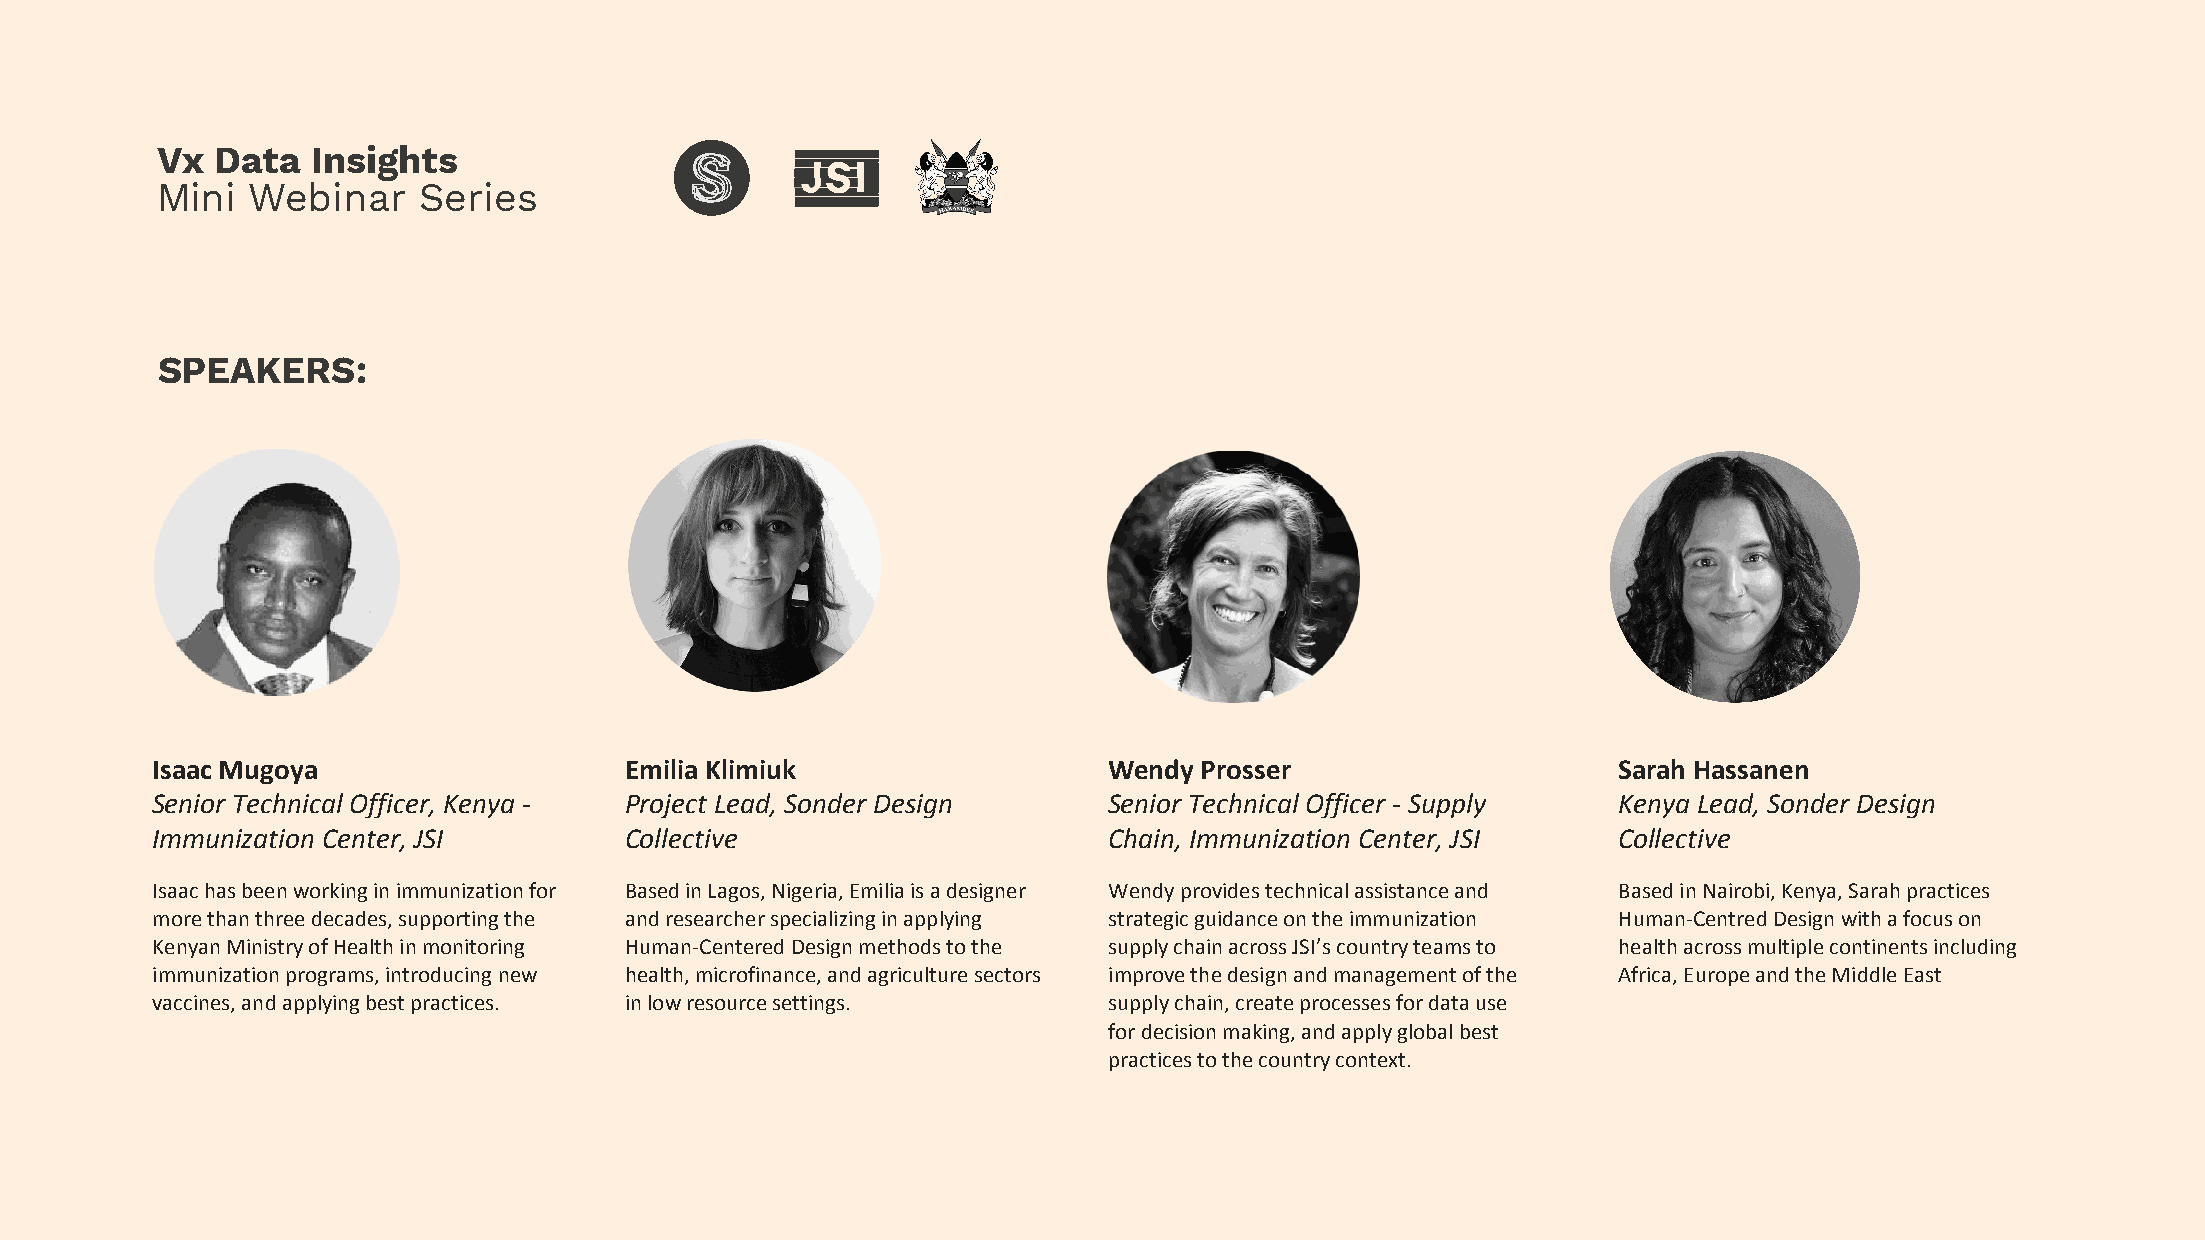
Vx  Data   Insights
 Mini  Webinar     Series
 SPEAKERS:
 Isaac Mugoya                   Emilia Klimiuk                  Wendy Prosser                     Sarah Hassanen
 Senior Technical Officer, Kenya - Project Lead, Sonder Design  Senior Technical Officer - Supply Kenya Lead, Sonder Design
 Immunization Center, JSI       Collective                      Chain, Immunization Center, JSI   Collective
 Isaac has been working in immunization for Based in Lagos, Nigeria, Emilia is a designer Wendy provides technical assistance and Based in Nairobi, Kenya, Sarah practices
 more than three decades, supporting the and researcher specializing in applying strategic guidance on the immunization Human-Centred Design with a focus on
 Kenyan Ministry of Health in monitoring Human-Centered Design methods to the supply chain across JSI’s country teams to health across multiple continents including
 immunization programs, introducing new health, microfinance, and agriculture sectors improve the design and management of the Africa, Europe and the Middle East
 vaccines, and applying best practices. in low resource settings. supply chain, create processes for data use
 for decision making, and apply global best
 practices to the country context.